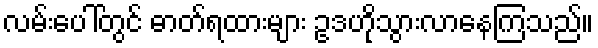
လမ်းပေါ်တွင် ဓာတ်ရထားများ ဥဒဟိုသွားလာနေကြသည်။